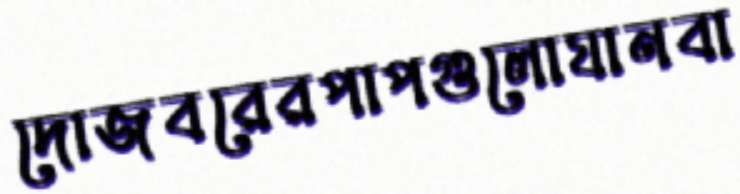
দোজবরেরপাপগুলোযানবা